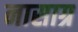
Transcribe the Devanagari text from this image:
नासाग्र